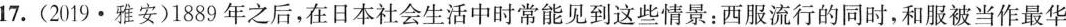
17.(2019·雅安)1889年之后，在日本社会生活中时常能见到这些情景：西服流行的同时，和服被当作最华